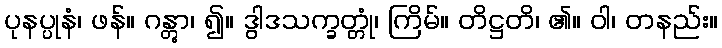
ပုနပ္ပုနံ၊ ဖန်။ ဂန္တွာ၊ ၍။ ဒွါဒသက္ခတ္တုံ၊ ကြိမ်။ တိဋ္ဌတိ၊ ၏။ ဝါ၊ တနည်း။